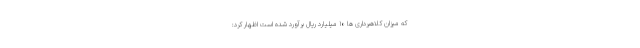
که میزان کلاهبرداری ها ۱۰ میلیارد ریال برآورد شده است اظهار کرد: